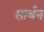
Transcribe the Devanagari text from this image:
सार्थन